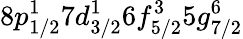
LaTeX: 8p_{1/2}^{1}7d_{3/2}^{1}6f_{5/2}^{3}5g_{7/2}^{6}